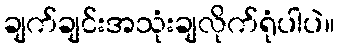
ချက်ချင်းအသုံးချလိုက်ရုံပါပဲ။